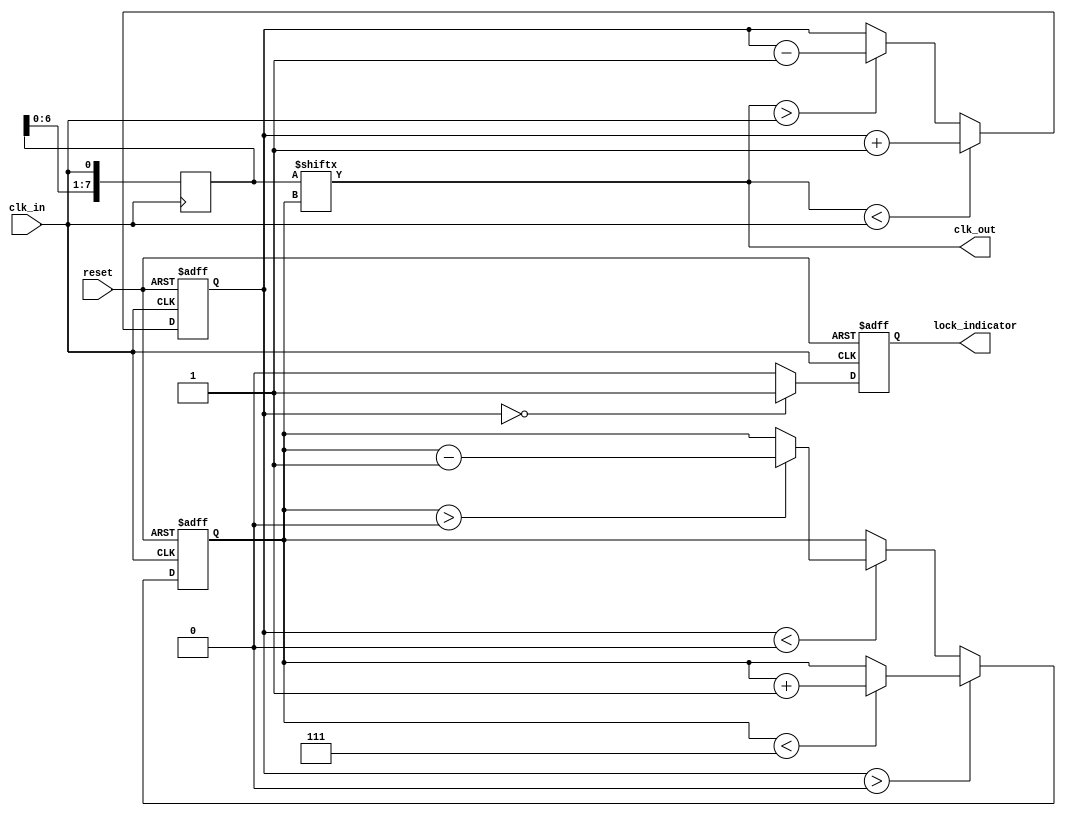
module MemoryBlocksDLL (
    input wire clk_in,          // Input clock signal
    input wire reset,           // Reset signal
    output wire clk_out,        // Aligned output clock signal
    output wire lock_indicator   // Lock status indicator
);

    // Parameters
    parameter NUM_DELAY_ELEMENTS = 8; // Number of delay elements
    parameter DELAY_STEP = 2;          // Delay step in time units

    // Signal Declarations
    reg [NUM_DELAY_ELEMENTS-1:0] delay_elements; // Delay elements (memory blocks)
    reg [NUM_DELAY_ELEMENTS-1:0] delay_select;   // Select lines to enable delay elements
    reg [3:0] phase_error;                     // Phase error signal
    reg locked;                                 // Lock status flag
    reg [3:0] delay_counter;                    // Delay counter for adjusting delays

    // Phase Detector
    always @(posedge clk_in or posedge reset) begin
        if (reset) begin
            phase_error <= 4'b0;
        end else begin
            // Simple phase comparison logic
            if (clk_out < clk_in) begin
                phase_error <= phase_error + 1; // Output leading
            end else if (clk_out > clk_in) begin
                phase_error <= phase_error - 1; // Output lagging
            end
        end
    end

    // Control Logic
    always @(posedge clk_in or posedge reset) begin
        if (reset) begin
            delay_counter <= 0;
            locked <= 1'b0;
        end else begin
            if (phase_error > 0) begin
                // Increase delay
                if (delay_counter < NUM_DELAY_ELEMENTS-1) begin
                    delay_counter <= delay_counter + 1;
                end
            end else if (phase_error < 0) begin
                // Decrease delay
                if (delay_counter > 0) begin
                    delay_counter <= delay_counter - 1;
                end
            end
            
            // Check for lock condition
            locked <= (phase_error == 0) ? 1'b1 : 1'b0;
        end
    end

    // Delay Elements (Memory Blocks)
    always @(posedge clk_in) begin
        // Implementing delay using flip-flops
        delay_elements <= {delay_elements[NUM_DELAY_ELEMENTS-2:0], clk_in};
    end

    // Output Buffer
    assign clk_out = delay_elements[delay_counter];
    assign lock_indicator = locked;

endmodule